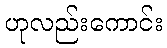
ဟုလည်းကောင်း